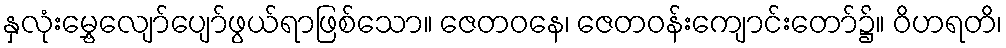
နှလုံးမွှေ့လျော်ပျော်ဖွယ်ရာဖြစ်သော။ ဇေတဝနေ၊ ဇေတဝန်းကျောင်းတော်၌။ ဝိဟရတိ၊